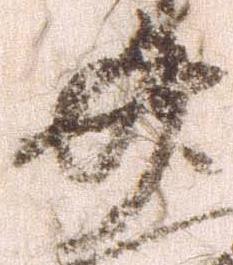
廿